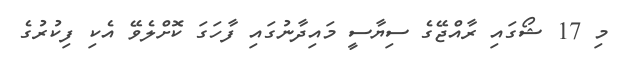
މި 17 ޝޯގައި ރާއްޖޭގެ ސިޔާސީ މައިދާނުގައި ފާހަގަ ކޮށްލެވޭ އެކި ފިކުރުގެ